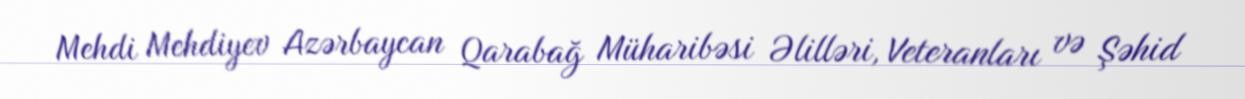
Mehdi Mehdiyev Azərbaycan Qarabağ Müharibəsi Əlilləri, Veteranları və Şəhid